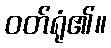
ဝတ်ရုံ၏။